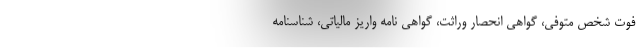
فوت شخص متوفی، گواهی انحصار وراثت، گواهی نامه واریز مالیاتی، شناسنامه